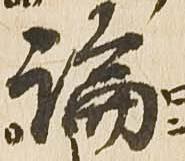
論